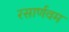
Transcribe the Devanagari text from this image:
रसार्णवम